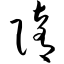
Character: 隋